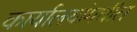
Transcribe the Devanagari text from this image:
कार्यालयांमधील